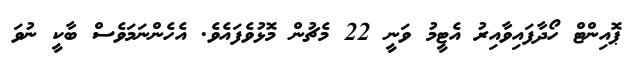
ޕޮއިންޓް ހޯދާފައިވާއިރު އެޓީމު ވަނީ 22 މެޗުން މޮޅުވެފައެވެ. އެހެންނަމަވެސް ބާކީ ނުވަ